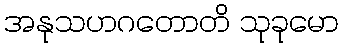
အနုသဟဂတောတိ သုခုမော